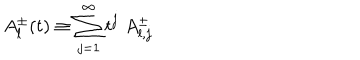
A _ { l } ^ { \pm } ( t ) \equiv \sum _ { j = 1 } ^ { \infty } t ^ { j } \; A _ { l , j } ^ { \pm }